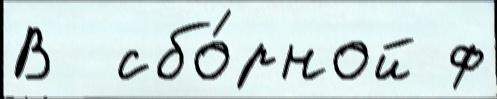
В  сбо́рной ф